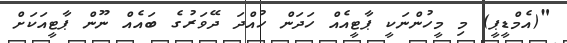
"(އެމްޑީޕީ) މި މީހުންނަކީ ޕާޓީއެއް ހަދަން ހުއްދަ ދޭވަރުގެ ބައެއް ނޫން ޕާޓީއަކަށް